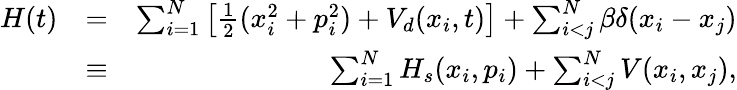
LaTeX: \begin{array}{rlr}{H(t)}&{=}&{\sum_{i=1}^{N}\left[\frac{1}{2}(x_{i}^{2}+p_{i}^{2})+V_{d}(x_{i},t)\right]+\sum_{i<j}^{N}\beta\delta(x_{i}-x_{j})}\\ &{\equiv}&{\sum_{i=1}^{N}H_{s}(x_{i},p_{i})+\sum_{i<j}^{N}V(x_{i},x_{j}),}\end{array}